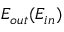
E _ { o u t } ( E _ { i n } )